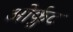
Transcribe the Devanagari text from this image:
ओर्कुट